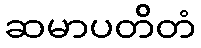
ဆမာပတိတံ